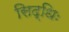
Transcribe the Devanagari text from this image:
सिद्धिः